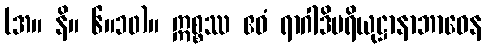
(အ။ နိ။ ၆။၁၀)။ ဣစ္စဿ ဧဝံ ရာဂါဒိပရိယုဋ္ဌာနာဘာဝေန